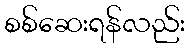
စစ်ဆေးရန်လည်း